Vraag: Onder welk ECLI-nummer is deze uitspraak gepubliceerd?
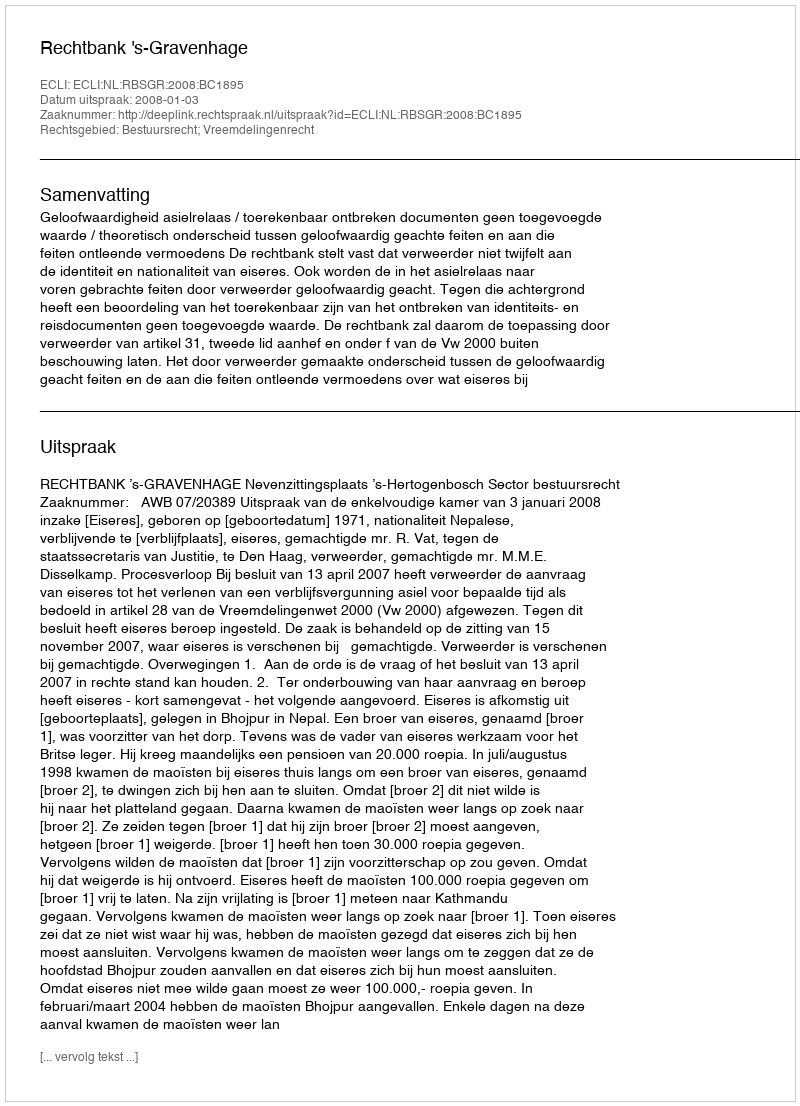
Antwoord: ECLI:NL:RBSGR:2008:BC1895